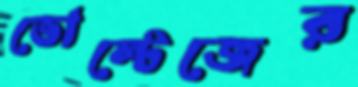
ভোল্টেজের